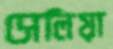
সেলিয়া